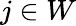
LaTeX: j\in W